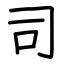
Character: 司